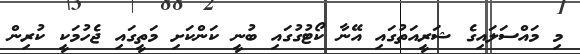
މި މައްސަލައިގެ ޝަރީއަތުގައި އޭނާ ކޯޓުގުގައި ބުނީ ކަންކަށި މަތީގައި ޖެހުމަކީ ކުރިން